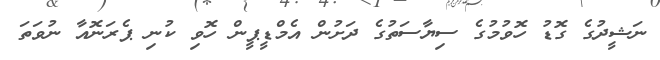
ނަޝީދުގެ ގޮޑު ހޮވުމުގެ ސިޔާސަތުގެ ދަށުން އެމްޑީޕީން ހޮވި ކުނި ޕެރަނޮއާ ނުވަތަ